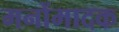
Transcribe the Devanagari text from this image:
मनोंमादक